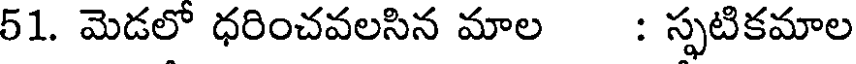
51. మెడలో ధరించవలసిన మాల : స్ఫటికమాల